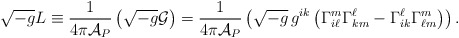
\begin{align*}\sqrt{-g}L \equiv {1\over 4\pi {\cal A}_P} \left( \sqrt{-g}{\cal G}\right) = {1\over 4\pi {\cal A}_P} \left(\sqrt{-g} \, g^{ik} \left(\Gamma^m_{i\ell}\Gamma^\ell_{km} -\Gamma^\ell_{ik} \Gamma^m_{\ell m}\right)\right).\end{align*}